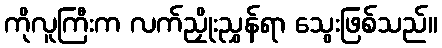
ကိုလူကြီးက လက်ညှိုးညွှန်ရာ သွေးဖြစ်သည်။